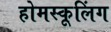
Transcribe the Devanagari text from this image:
होमस्कूलिंग